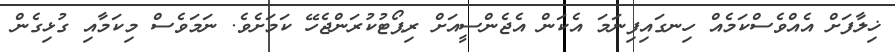
ޚިލާފަށް އެއްވެސްކަމެއް ހިނގައިފިނަމަ އެކަން އެޖެންސީއަށް ރިޕޯޓުކުރަންޖެހޭ ކަމަށެވެ. ނަމަވެސް މިކަމާއި ގުޅިގެން